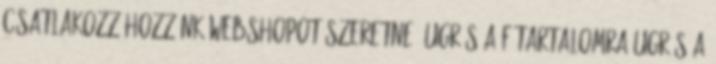
Csatlakozz hozzánk Webshopot szeretne? Ugrás a főtartalomra Ugrás a